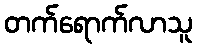
တက်ရောက်လာသူ